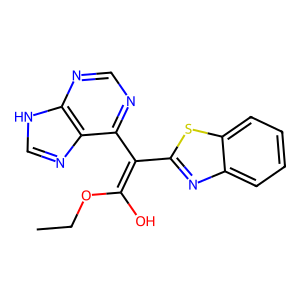
SMILES: CCOC(O)=C(c1nc2ccccc2s1)c1ncnc2[nH]cnc12
Inhibits HIV replication: No